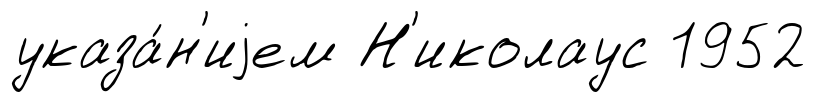
указа́н'иjем Н'иколаус 1952